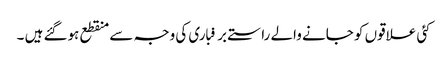
کئی علاقوں کو جانے والے راستے برفباری کی وجہ سے منقطع ہوگئے ہیں ۔